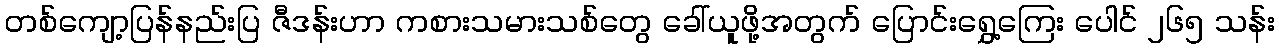
တစ်ကျော့ပြန်နည်းပြ ဇီဒန်းဟာ ကစားသမားသစ်တွေ ခေါ်ယူဖို့အတွက် ပြောင်းရွှေ့ကြေး ပေါင် ၂၆၅ သန်း